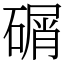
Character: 碿